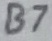
Text: B7